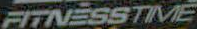
FITNESSTIVE